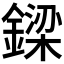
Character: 𨫟